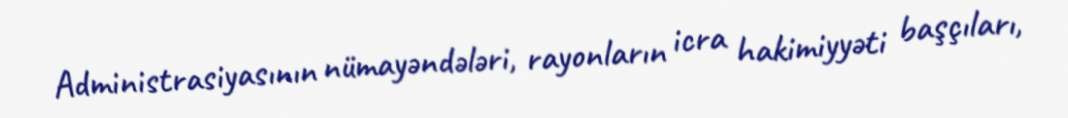
Administrasiyasının nümayəndələri, rayonların icra hakimiyyəti başçıları,